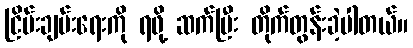
ငြိမ်းချမ်းရေးကို ရဖို့ ဆက်ပြီး တိုက်တွန်းခဲ့ပါတယ်။